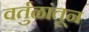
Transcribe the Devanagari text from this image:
वर्तुळांतून